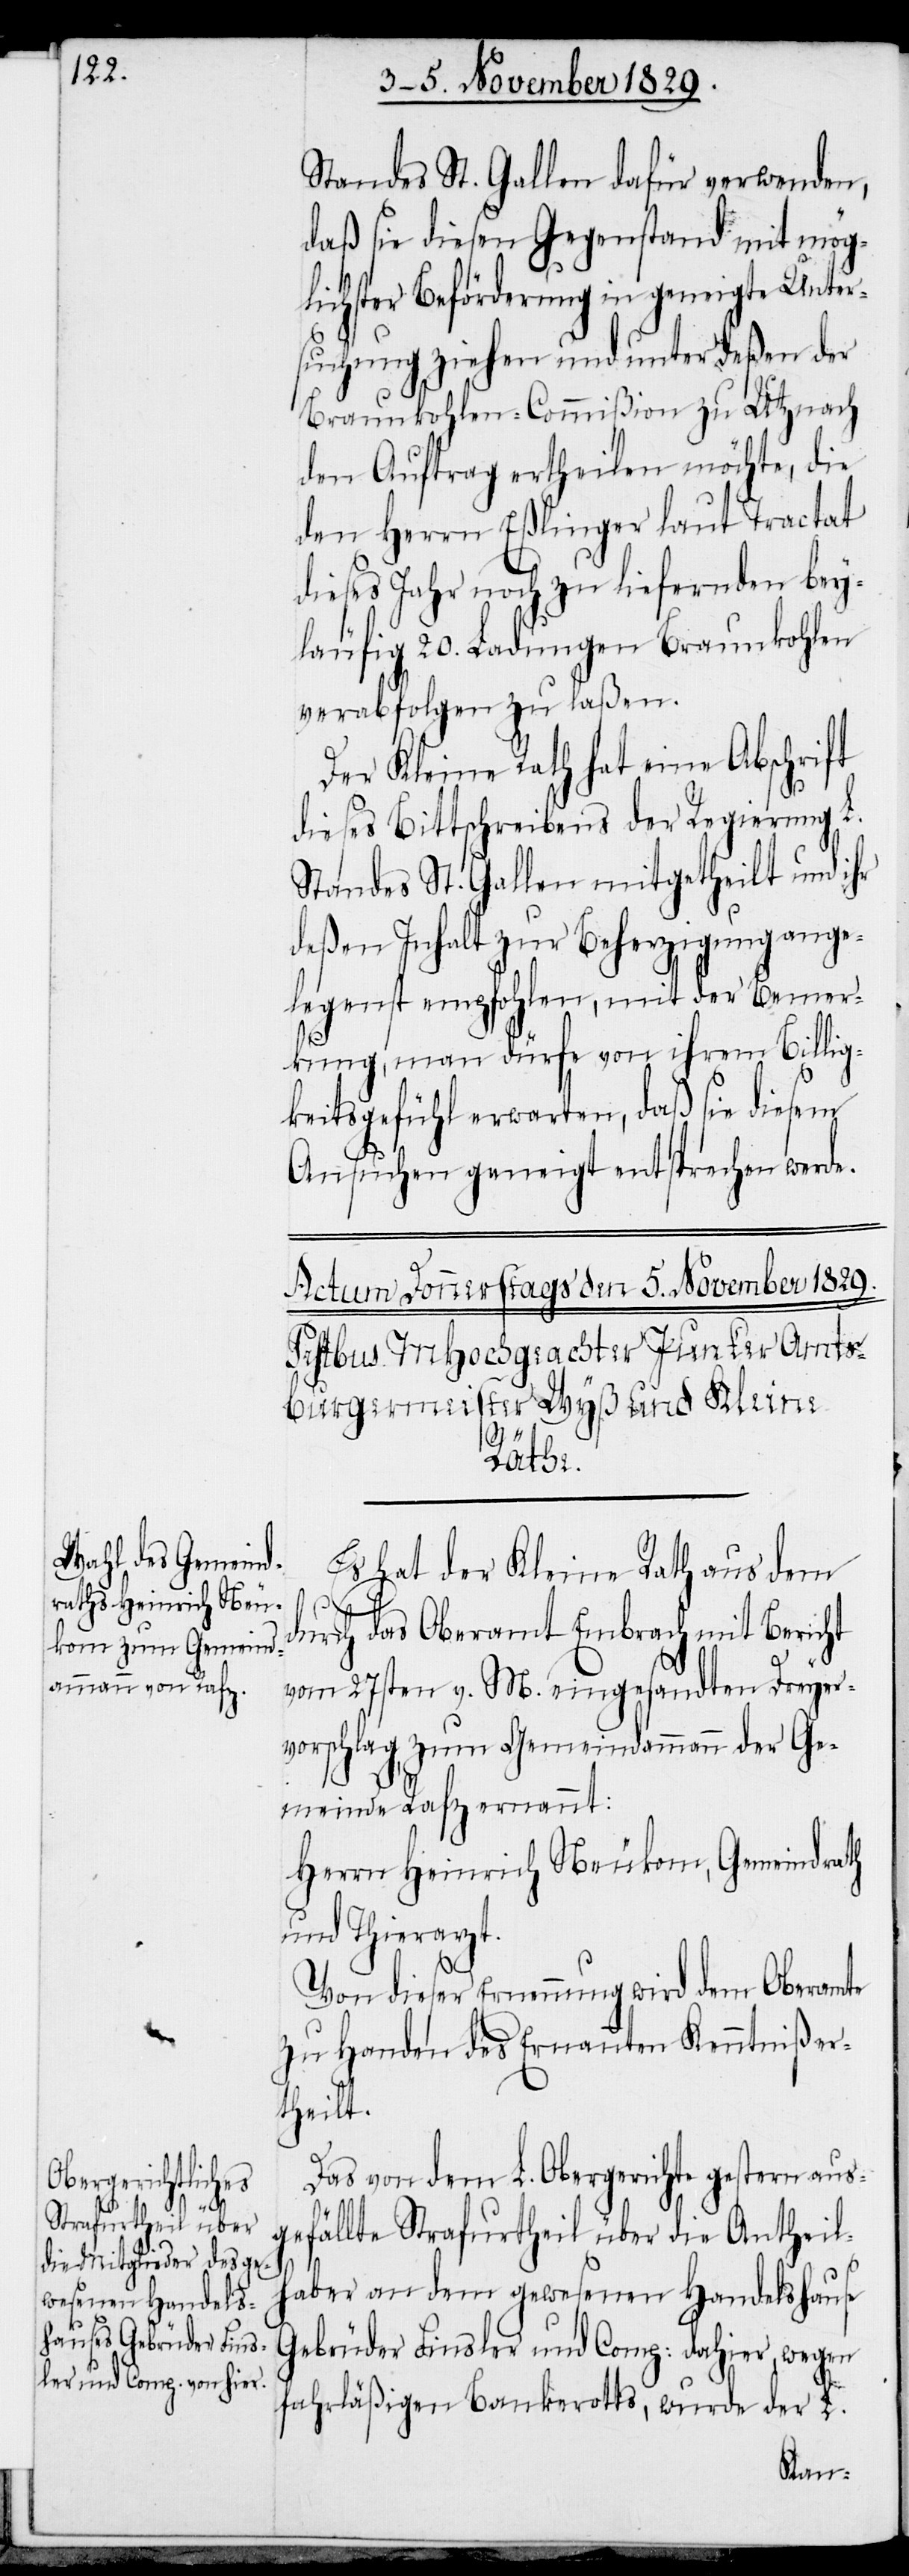
Standes St. Gallen dafür verwenden,
daß sie diesen Gegenstand mit mög¬
lichster Beförderung in geneigte Unter¬
suchung ziehen und unterdeßen der
Braunkohlen-Commißion zu Utznach
den Auftrag ertheilen möchte, die
den Herrn Eßlinger laut Tractat
dieses Jahr noch zu liefernden bey¬
läufig 20. Ladungen Braunkohlen
verabfolgen zu laßen.
Der Kleine Rath hat eine Abschrift
dieses Bittschreibens der Regierung L.
Standes St. Gallen mitgetheilt und ihr
deßen Inhalt zur Beherzigung ange¬
legenst empfohlen, mit der Bemer¬
kung, man dürfe von ihrem Billig¬
keitsgefühl erwarten, daß sie diesem
Ansuchen geneigt entsprechen werde.
Es hat der Kleine Rath aus dem
gef¬
rch das Oberamt Embrach mit Bericht
vom 27sten v. M. eingesandten Dreyer¬
vorschlag, zum Gemeindammann der Ge¬
meinde Rafz ernannt:
Herrn Heinrich Neukom, Gemeindrath
und Thierarzt.
Von dieser Ernennung wird dem Oberamte
zu Handen des Ernannten Kenntniß er¬
theilt.
Das von dem L. Obergerichte gestern aus¬
ällte Strafurtheil über die Antheil¬
haber an dem gewesenen Handelshause
Gebrüder Finsler und Comp: dahier, wegen
fahrläßigen Bankerotts, wurde der L.